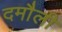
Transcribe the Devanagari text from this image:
दमाैली